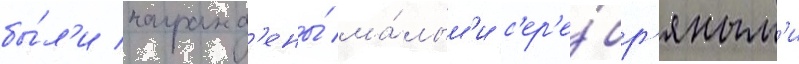
бы́л'и награжд'ены́ ма́лым'и с'ер'е́бр'яным'и